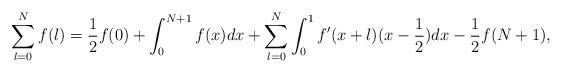
LaTeX: \begin{align*}\sum_{l=0}^N f(l)=\frac{1}{2}f(0)+\int_0^{N+1}f(x)dx +\sum_{l=0}^N\int_0^1 f'(x+l)(x-\frac{1}{2})dx -\frac{1}{2}f(N+1),\end{align*}